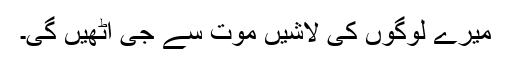
میرے لوگوں کی لاشیں موت سے جی اٹھیں گی۔